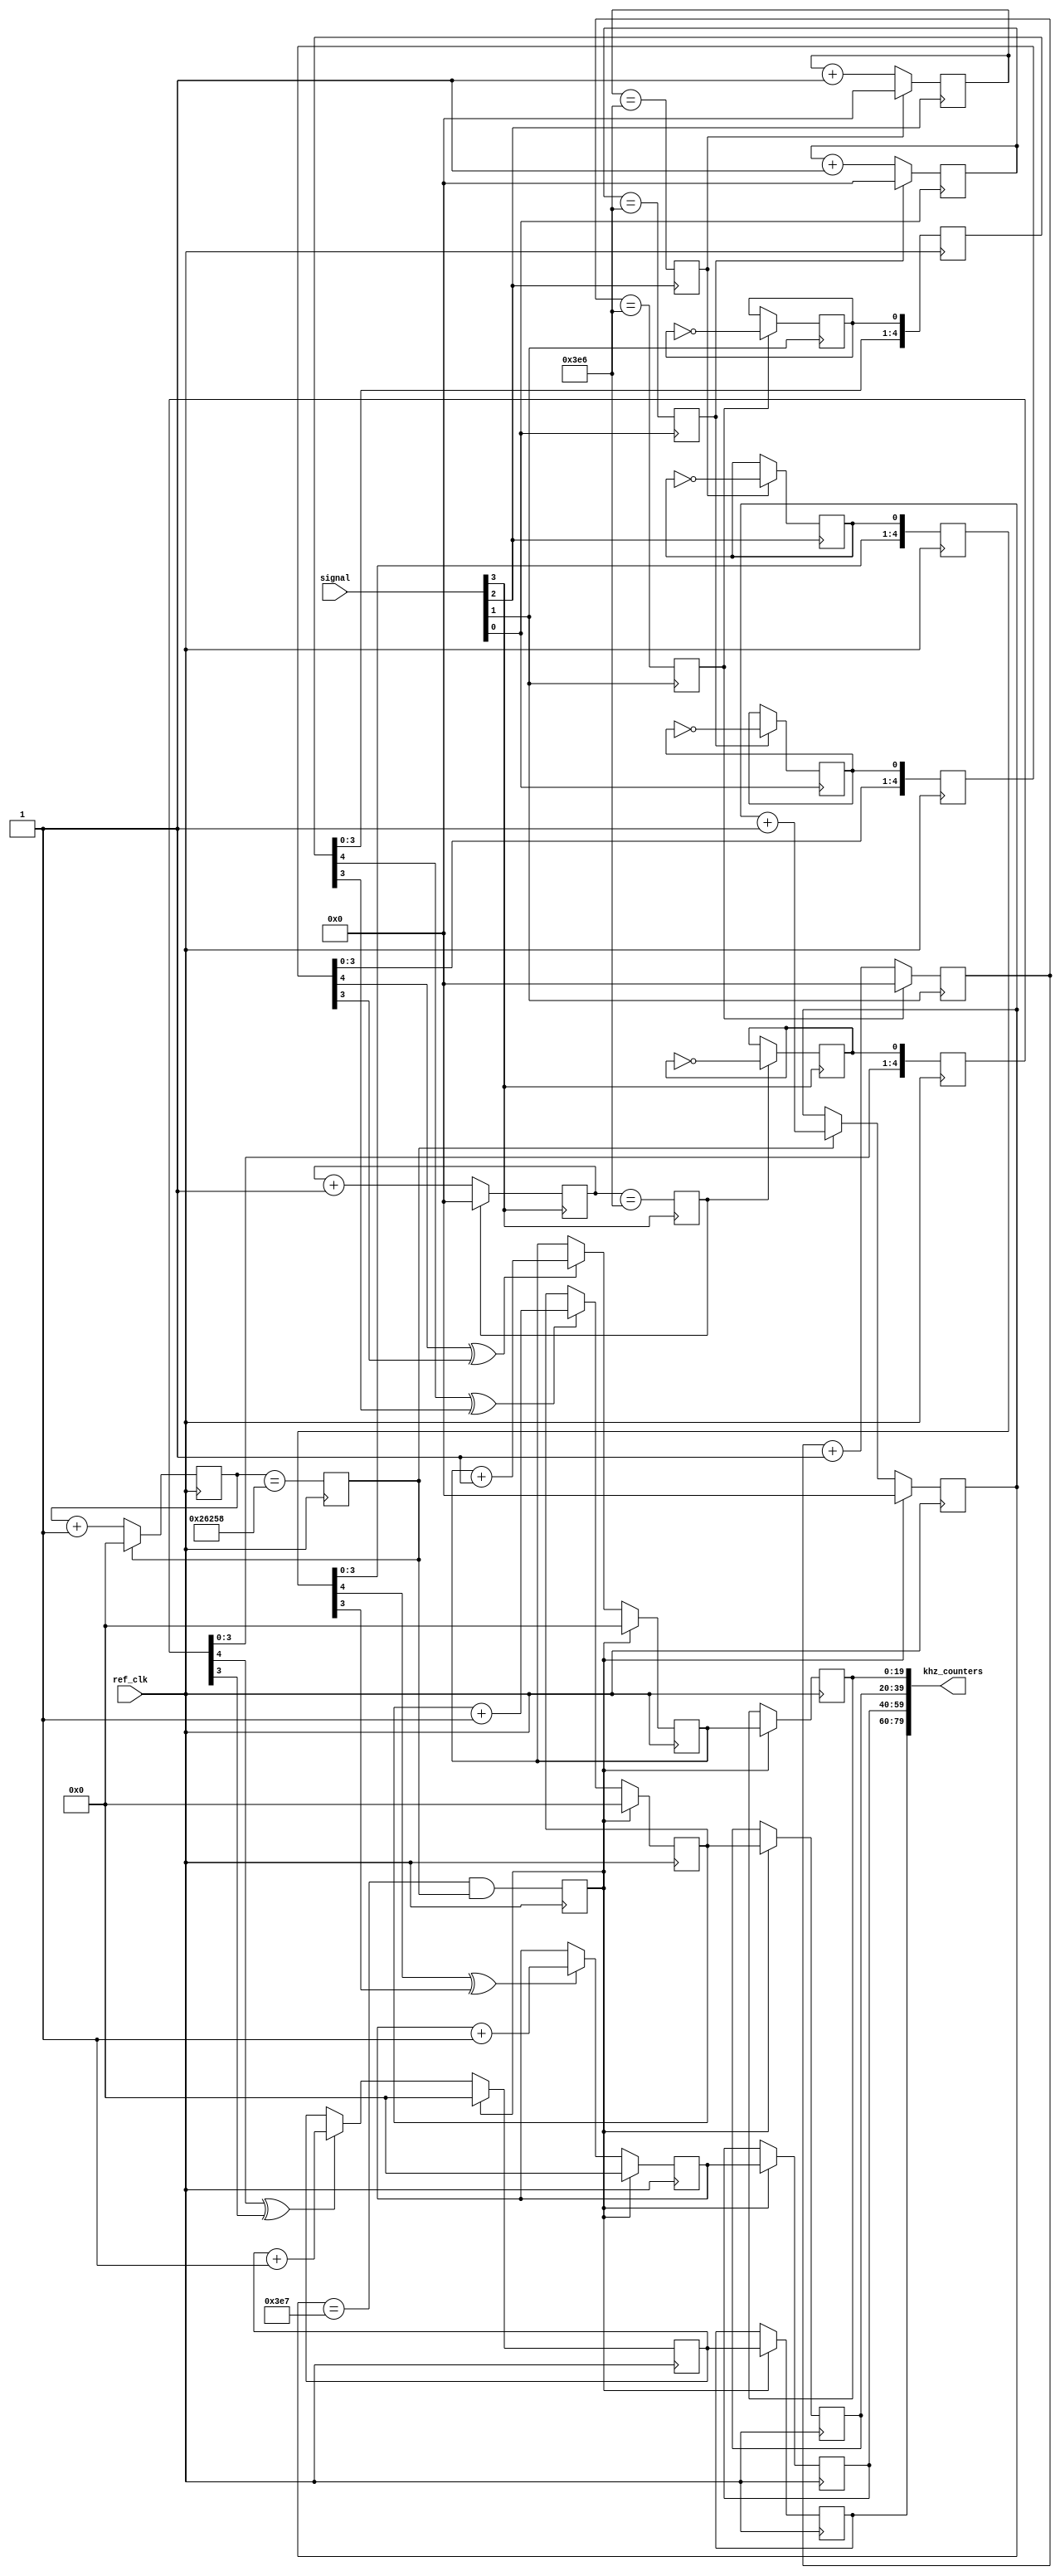
// Copyright 2011 Altera Corporation. All rights reserved.  
// Altera products are protected under numerous U.S. and foreign patents, 
// maskwork rights, copyrights and other intellectual property laws.  
//
// This reference design file, and your use thereof, is subject to and governed
// by the terms and conditions of the applicable Altera Reference Design 
// License Agreement (either as signed by you or found at www.altera.com).  By
// using this reference design file, you indicate your acceptance of such terms
// and conditions between you and Altera Corporation.  In the event that you do
// not agree with such terms and conditions, you may not use the reference 
// design file and please promptly destroy any copies you have made.
//
// This reference design file is being provided on an "as-is" basis and as an 
// accommodation and therefore all warranties, representations or guarantees of 
// any kind (whether express, implied or statutory) including, without 
// limitation, warranties of merchantability, non-infringement, or fitness for
// a particular purpose, are specifically disclaimed.  By making this reference
// design file available, Altera expressly does not recommend, suggest or 
// require that this reference design file be used in combination with any 
// other product not provided by Altera.
/////////////////////////////////////////////////////////////////////////////

`timescale 1 ps / 1 ps

// baeckler - 02-19-2008
// Monitor the frequency in KHz of (n) clock signals
// 
module frequency_monitor #(
	parameter NUM_SIGNALS = 4,
	parameter REF_KHZ = 20'd156250
)
(
	input [NUM_SIGNALS-1:0] signal,
	input ref_clk,
	output [20*NUM_SIGNALS-1:0] khz_counters
);

// Divide reference clock to make a 1 KHz pulse
reg [19:0] ref_cntr = 0;
reg ref_cntr_max = 1'b0;

always @(posedge ref_clk) begin
	ref_cntr_max <= (ref_cntr == (REF_KHZ-2)); 
	if (ref_cntr_max) ref_cntr <= 0;
	else ref_cntr <= ref_cntr + 1'b1;	
end

// Divide by 1000 to create a seconds pulse
reg [9:0] khz_cntr = 0;
reg khz_cntr_max = 1'b0;

always @(posedge ref_clk) begin
	khz_cntr_max <= (khz_cntr == 10'd999) && ref_cntr_max; 
	if (khz_cntr_max) khz_cntr <= 0;
	else if (ref_cntr_max) khz_cntr <= khz_cntr + 1'b1;	
end
wire one_second = khz_cntr_max;

genvar i;
generate 
	for (i=0; i<NUM_SIGNALS; i=i+1) begin : cn
		
		// scale the signal down from MHz range to KHz range
		reg [9:0] prescale = 0;
		reg prescale_max = 0;
		reg scaled_toggle = 0 /* synthesis preserve */
		/* synthesis ALTERA_ATTRIBUTE = "-name SDC_STATEMENT \"set_false_path -from [get_keepers *frequency_monitor*scaled_toggle]\" " */;

		always @(posedge signal[i]) begin
			prescale_max <= (prescale == 10'd998);
			if (prescale_max) prescale <= 0;
			else prescale <= prescale + 1'b1;
			if (prescale_max) scaled_toggle <= ~scaled_toggle;
		end
		
		// synchronize to reference domain
		reg [4:0] capture = 0 /* synthesis preserve */;
		always @(posedge ref_clk) begin
			capture <= {capture [3:0],scaled_toggle};
		end
		
		// tally KHz of signal activity over a 1s window
		reg [19:0] tally = 0,last_tally = 0;
		always @(posedge ref_clk) begin
			if (one_second) begin
				tally <= 0;
				last_tally <= tally;
			end
			else if (capture[4] ^ capture[3]) tally <= tally + 1'b1;
		end
		
		assign khz_counters[(i+1)*20-1:i*20] = last_tally;				
	end
endgenerate

endmodule